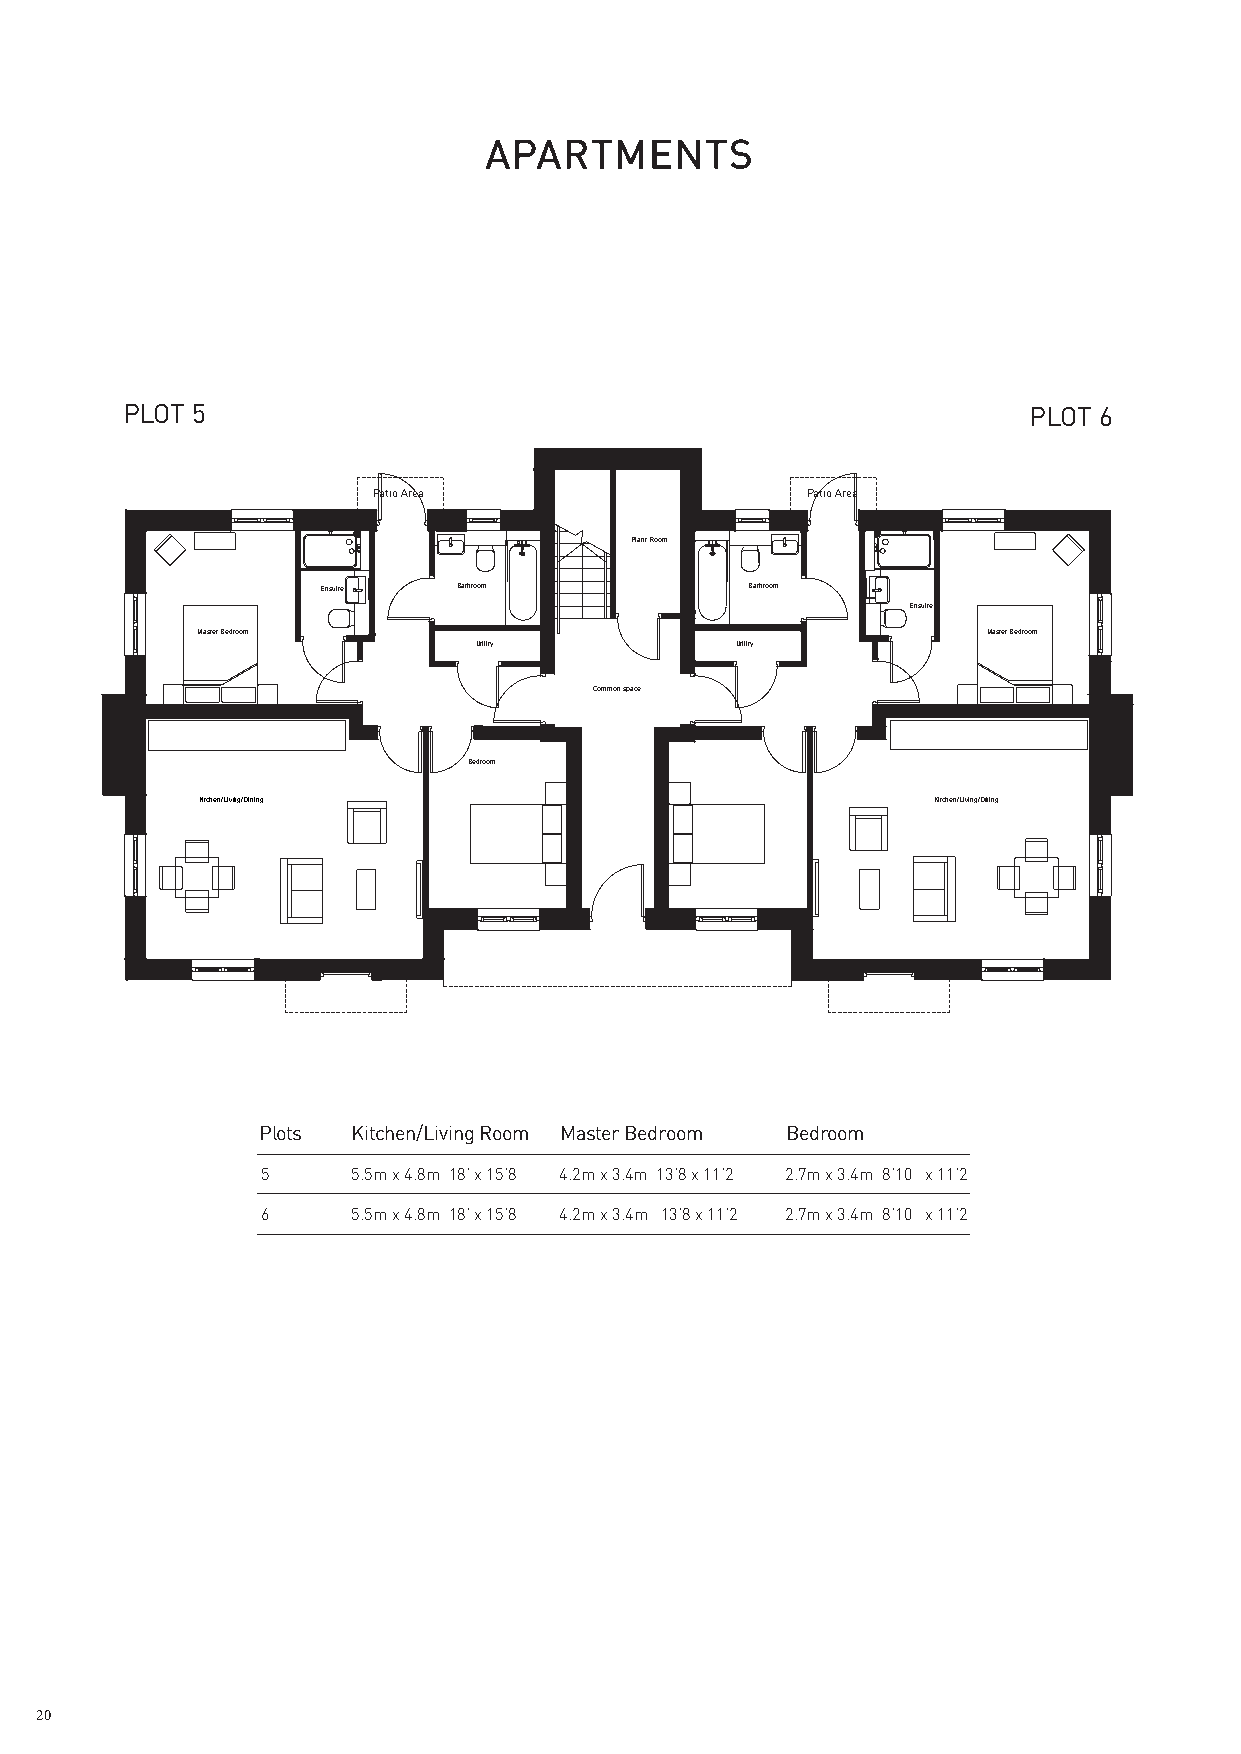
PLOT 5                                                      PLOT 6
 Patio Area                  Patio Area
 Plant Room
 Ensuite  Bathroom            Bathroom
 Ensuite
 Master Bedroom                                      Master Bedroom
 Utility          Utility
 Common space
 Bedroom
 Kitchen/Living/Dining                            Kitchen/Living/Dining
 Plots Kitchen/Living Room Master Bedroom Bedroom
 5     5.5m x 4.8m 18’ x 15’8 4.2m x 3.4m 13’8 x 11’2 2.7m x 3.4m 8’10 x 11’2
 6     5.5m x 4.8m 18’ x 15’8 4.2m x 3.4m 13’8 x 11’2 2.7m x 3.4m 8’10 x 11’2
 3     5.5m x 4.8m 18’ x 15’8 4.2m x 3.4m 13’8 x 11’2 3.6m x 3.4m 11’10 x 11’2
 4     5.5m x 4.8m 18’ x 15’8 4.2m x 3.4m 13’8 x 11’2 3.6m x 3.4m 11’10 x 11’2
 5     4.9m x 8.7m 16’ x 28’6 4.4m x 3.5m 14'5 x 11'5 NA
 6     4.9m x 8.7m 16’ x 28’6 4.4m x 3.5m 14'5 x 11'5 NA
 20